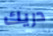
دريك